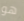
هو